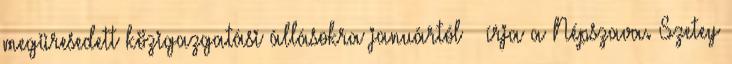
megüresedett közigazgatási állásokra januártól – írja a Népszava. Szetey